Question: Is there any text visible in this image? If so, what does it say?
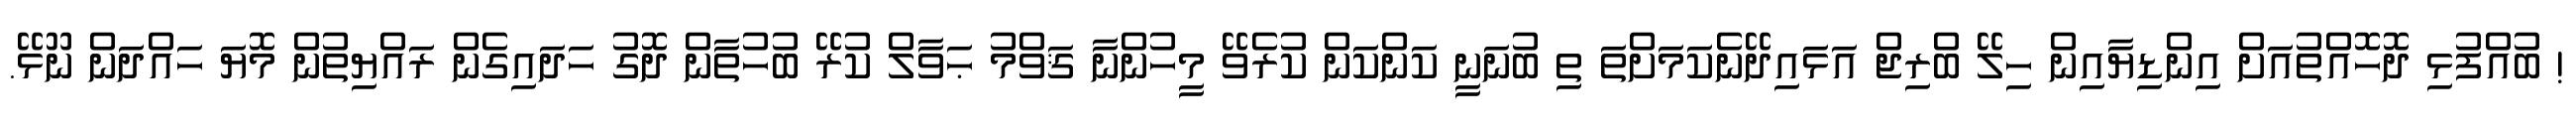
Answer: ! ބުއްފުޅި ދޮހޮއްތުއަށް އިންޑިޔާއިން ހިލޭ ބްރިޖް އަޅައިދޭނެކަމަށްތަ ތި ބުނަނީ ކަންކަން ކުރެވޭ މީހުންނާ ޤަވްމު ޙަވާލް ކުރޭ ބުހުތާން ދޮގު ހަދައިގެން ރައްޔިތުން މޮޔަ ހައްދަން ނޫޅޭ.